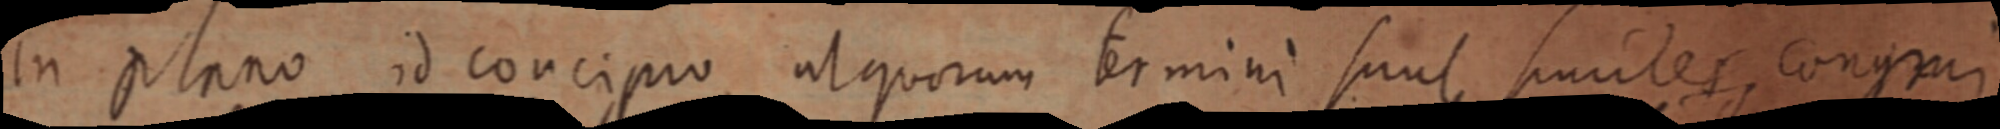
in plano id concipio utquorum ermini sunt puntes congrui